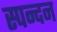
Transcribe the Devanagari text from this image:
स्‍पन्‍दन